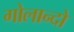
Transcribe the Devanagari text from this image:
गोलान्दो